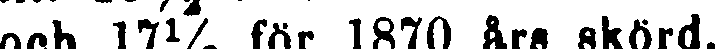
och 17½ för 1870 års skörd.